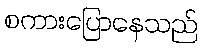
စကားပြောနေသည်